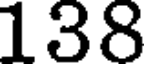
138